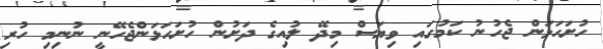
ހުށަހަޅަން ޖެހުނު ކަމުގައި ވިޔަސް މިދޭ ލުއިގެ ދަށުން ހުށަހަޅަންޖެހޭނީ ނުނިމި ހުރި